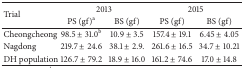
| <ROWSPAN=2> Trial | <COLSPAN=2> 2013 | <COLSPAN=2> 2015 |
 | PS (gf)a | BS (gf) | PS (gf) | BS (gf) |
 | --- | --- | --- | --- | --- |
 | Cheongcheong | 98.5 ± 31.0b | 10.9 ± 3.5 | 157.4 ± 19.1 | 6.45 ± 4.05 |
 | Nagdong | 219.7 ± 24.6 | 38.1 ± 2.9. | 261.6 ± 16.5 | 34.7 ± 10.21 |
 | DH population | 126.7 ± 79.2 | 18.9 ± 16.0 | 161.2 ± 74.6 | 17.0 ± 14.8 |